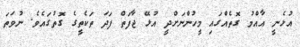
އުޅެނީ އާއްމު ގޮތެއްގައި މީހުންނަށްދީ އުޅޭ ޖާފަތް ފަދަ ތަކެތީގެ ގޮތުގައެވެ. ނުވަތަ